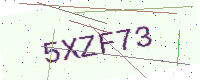
Text: 5XZF73